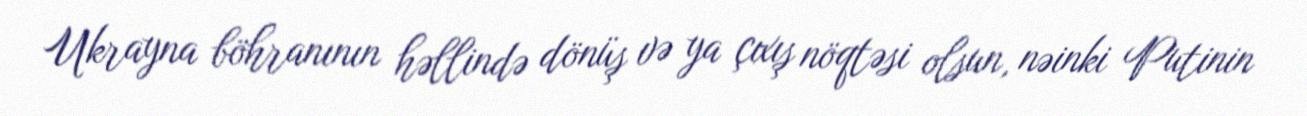
Ukrayna böhranının həllində dönüş və ya çıxış nöqtəsi olsun, nəinki Putinin